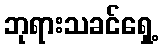
ဘုရားသခင်ရှေ့